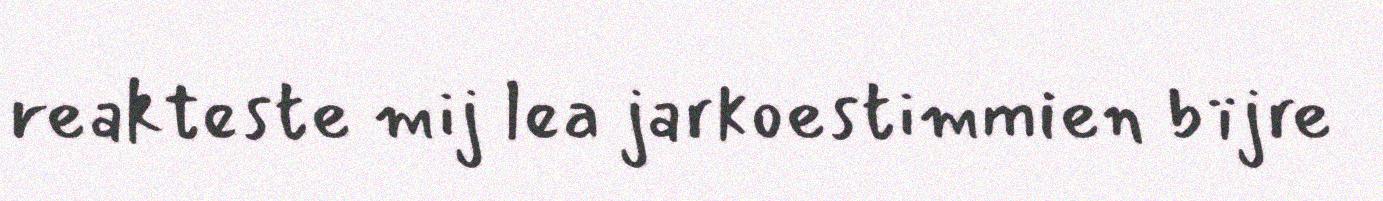
reakteste mij lea jarkoestimmien bïjre